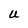
Character: U